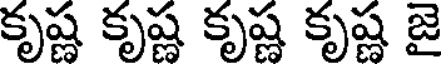
కృష్ణ కృష్ణ కృష్ణ కృష్ణ జై